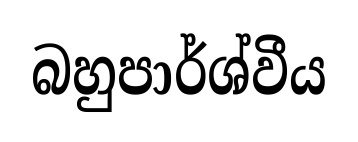
බහුපාර්ශ්වීය